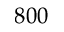
8 0 0